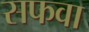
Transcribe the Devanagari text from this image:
सफवा